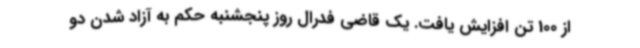
از 100 تن افزایش یافت. یک قاضی فدرال روز پنجشنبه حکم به آزاد شدن دو